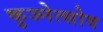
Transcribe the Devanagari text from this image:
कुज्नेत्सोव